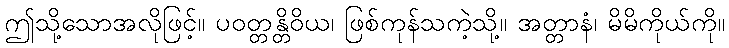
ဤသို့သောအလိုဖြင့်။ ပဝတ္တန္တိဝိယ၊ ဖြစ်ကုန်သကဲ့သို့။ အတ္တာနံ၊ မိမိကိုယ်ကို။